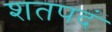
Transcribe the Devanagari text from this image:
शतपदं